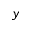
y